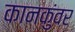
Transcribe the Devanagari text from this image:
कानकुंवर